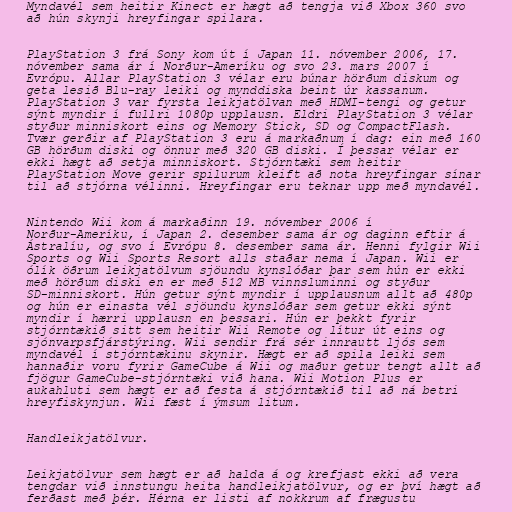
Myndavél sem heitir Kinect er hægt að tengja við Xbox 360 svo
að hún skynji hreyfingar spilara.

PlayStation 3 frá Sony kom út í Japan 11. nóvember 2006, 17.
nóvember sama ár í Norður-Ameríku og svo 23. mars 2007 í
Evrópu. Allar PlayStation 3 vélar eru búnar hörðum diskum og
geta lesið Blu-ray leiki og mynddiska beint úr kassanum.
PlayStation 3 var fyrsta leikjatölvan með HDMI-tengi og getur
sýnt myndir í fullri 1080p upplausn. Eldri PlayStation 3 vélar
styður minniskort eins og Memory Stick, SD og CompactFlash.
Tvær gerðir af PlayStation 3 eru á markaðnum í dag: ein með 160
GB hörðum diski og önnur með 320 GB diski. Í þessar vélar er
ekki hægt að setja minniskort. Stjórntæki sem heitir
PlayStation Move gerir spilurum kleift að nota hreyfingar sínar
til að stjórna vélinni. Hreyfingar eru teknar upp með myndavél.

Nintendo Wii kom á markaðinn 19. nóvember 2006 í
Norður-Ameríku, í Japan 2. desember sama ár og daginn eftir á
Ástralíu, og svo í Evrópu 8. desember sama ár. Henni fylgir Wii
Sports og Wii Sports Resort alls staðar nema í Japan. Wii er
ólík öðrum leikjatölvum sjöundu kynslóðar þar sem hún er ekki
með hörðum diski en er með 512 MB vinnsluminni og styður
SD-minniskort. Hún getur sýnt myndir í upplausnum allt að 480p
og hún er einasta vél sjöundu kynslóðar sem getur ekki sýnt
myndir í hærri upplausn en þessari. Hún er þekkt fyrir
stjórntækið sitt sem heitir Wii Remote og lítur út eins og
sjónvarpsfjárstýring. Wii sendir frá sér innrautt ljós sem
myndavél í stjórntækinu skynir. Hægt er að spila leiki sem
hannaðir voru fyrir GameCube á Wii og maður getur tengt allt að
fjögur GameCube-stjórntæki við hana. Wii Motion Plus er
aukahluti sem hægt er að festa á stjórntækið til að ná betri
hreyfiskynjun. Wii fæst í ýmsum litum.

Handleikjatölvur.

Leikjatölvur sem hægt er að halda á og krefjast ekki að vera
tengdar við innstungu heita handleikjatölvur, og er því hægt að
ferðast með þér. Hérna er listi af nokkrum af frægustu